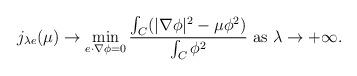
LaTeX: \begin{align*} j_{\lambda e}(\mu)\rightarrow \min_{e\cdot\nabla\phi=0}\frac{\int_{C}(|\nabla\phi|^{2}-\mu\phi^{2})}{\int_{C}\phi^{2}} \hbox{ as } \lambda\rightarrow+\infty. \end{align*}